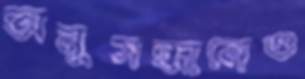
অনুসন্ধানেও